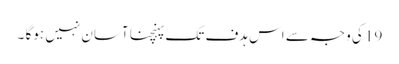
19 کی وجہ سے اس ہدف تک پہنچنا آسان نہیں ہوگا ۔